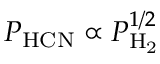
P _ { \mathrm { H C N } } \propto P _ { \mathrm { H _ { 2 } } } ^ { 1 / 2 }